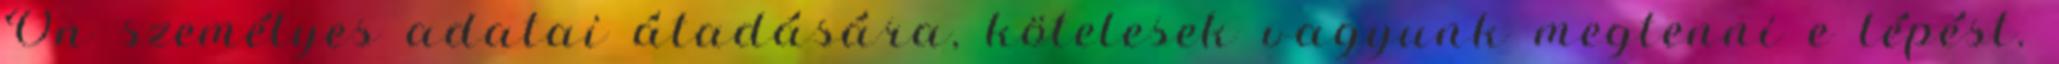
Ön személyes adatai átadására, kötelesek vagyunk megtenni e lépést.